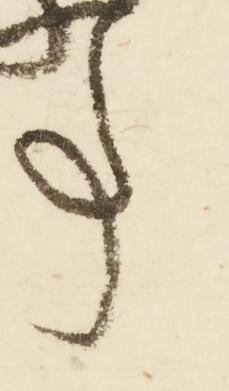
事